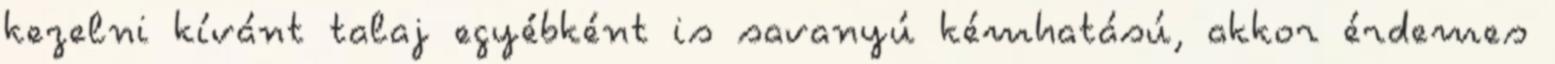
kezelni kívánt talaj egyébként is savanyú kémhatású, akkor érdemes